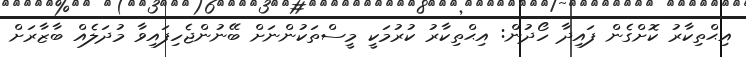
އިޙްތިކާރު ކޮށްގެން ފައިދާ ހޯދުން: އިޙްތިކާރު ކުރުމަކީ މީސްތަކުންނަށް ބޭނުންޖެހިފައިވާ މުދަލެއް ބާޒާރަށް